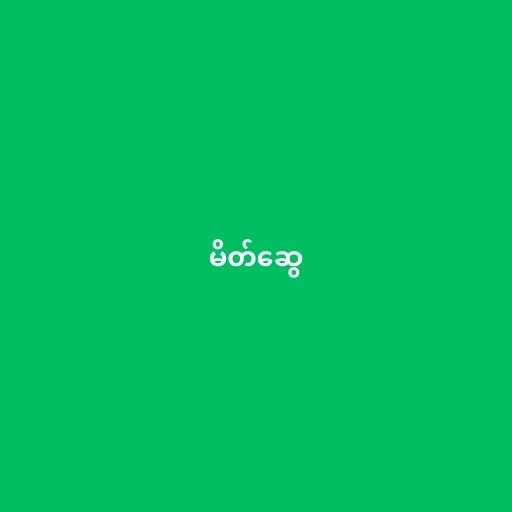
မိတ်ဆွေ